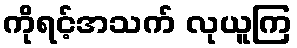
ကိုရင့်အသက် လုယူကြ